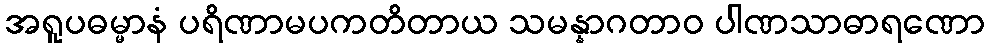
အရူပဓမ္မာနံ ပရိဏာမပကတိတာယ သမန္နာဂတာဝ ပါဏသာဓာရဏော